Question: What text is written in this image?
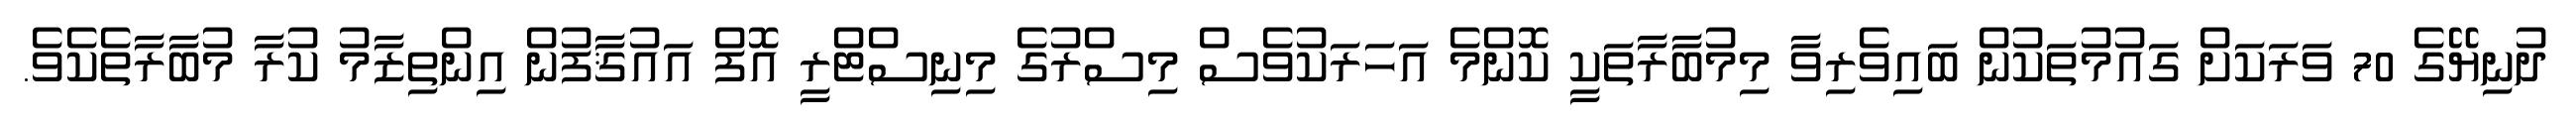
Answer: ދުނިޔޭގެ 70 ވަރަކަށް ގައުމުތަކުން ބައިވެރިވާ މިމުބާރާތަކީ ކޮންމެ އަހަރަކުވެސް މިސްރުގެ މިނިސްޓްރީ އޮފް އައުޤާފުން އިންތިޒާމު ކުރާ މުބާރާތެކެވެ.